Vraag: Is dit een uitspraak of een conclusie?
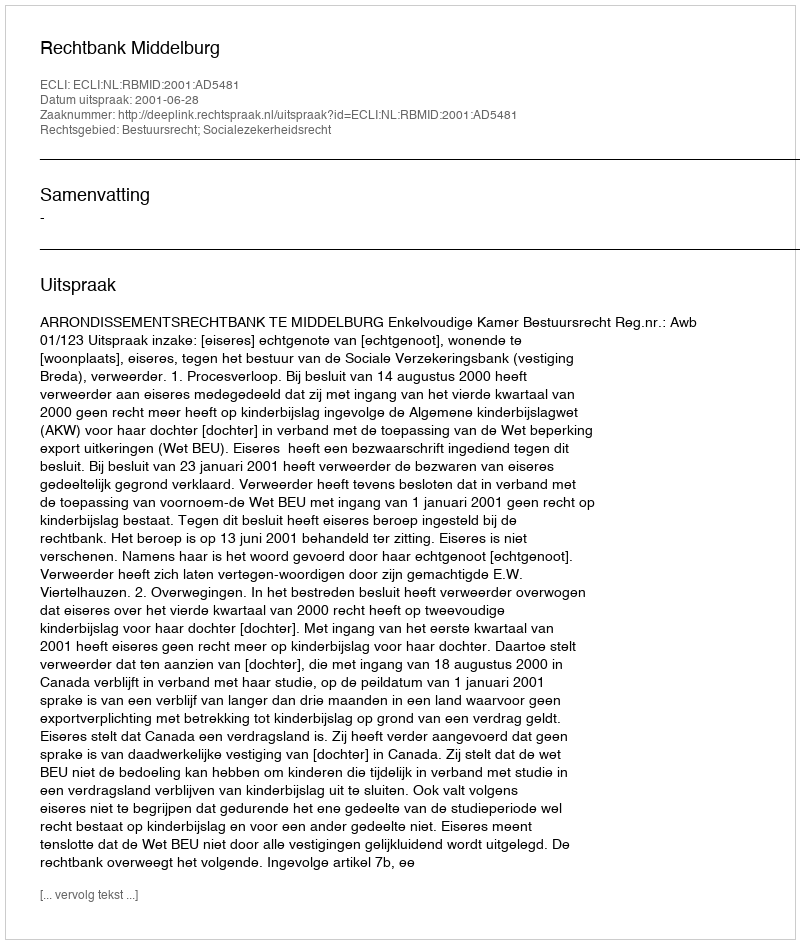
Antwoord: Uitspraak